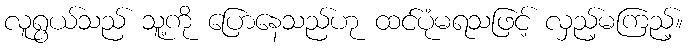
လူရွယ်သည် သူ့ကို ပြောနေသည်ဟု ထင်ပုံမရသဖြင့် လှည့်မကြည့်။